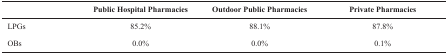
|  | Public Hospital Pharmacies | Outdoor Public Pharmacies | Private Pharmacies |
 | --- | --- | --- | --- |
 | LPGs | 85.2% | 88.1% | 87.8% |
 | OBs | 0.0% | 0.0% | 0.1% |